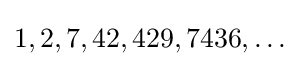
1,2,7,42,429,7436,\dots